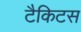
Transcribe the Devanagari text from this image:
टैकिटस